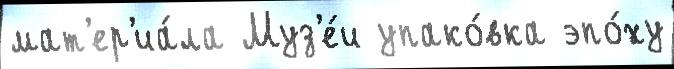
мат'ер'иа́ла Муз'е́и упако́вка эпо́ху